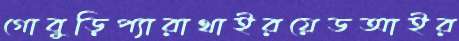
গোবুড়িপ্যারাথাইরয়েডআইর